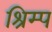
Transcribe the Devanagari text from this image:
श्रिम्‍प